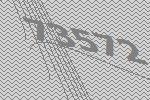
73572